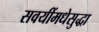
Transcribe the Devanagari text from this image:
सवयींमधेसुद्धा